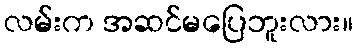
လမ်းက အဆင်မပြေဘူးလား။